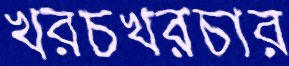
খরচখরচার